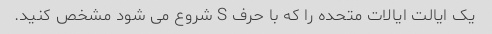
یک ایالت ایالات متحده را که با حرف S شروع می شود مشخص کنید.